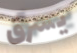
يسرق